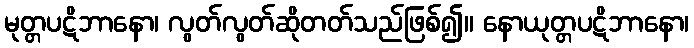
မုတ္တပဋိဘာနော၊ လွတ်လွတ်ဆိုတတ်သည်ဖြစ်၍။ နောယုတ္တပဋိဘာနော၊